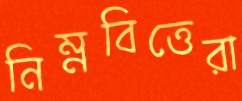
নিম্নবিত্তেরা